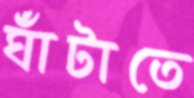
ঘাঁটাতে